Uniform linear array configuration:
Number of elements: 16
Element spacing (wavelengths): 0.25
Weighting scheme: hann
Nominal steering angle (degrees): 0
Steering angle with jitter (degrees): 1.914
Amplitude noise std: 0.05
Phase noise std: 0.05

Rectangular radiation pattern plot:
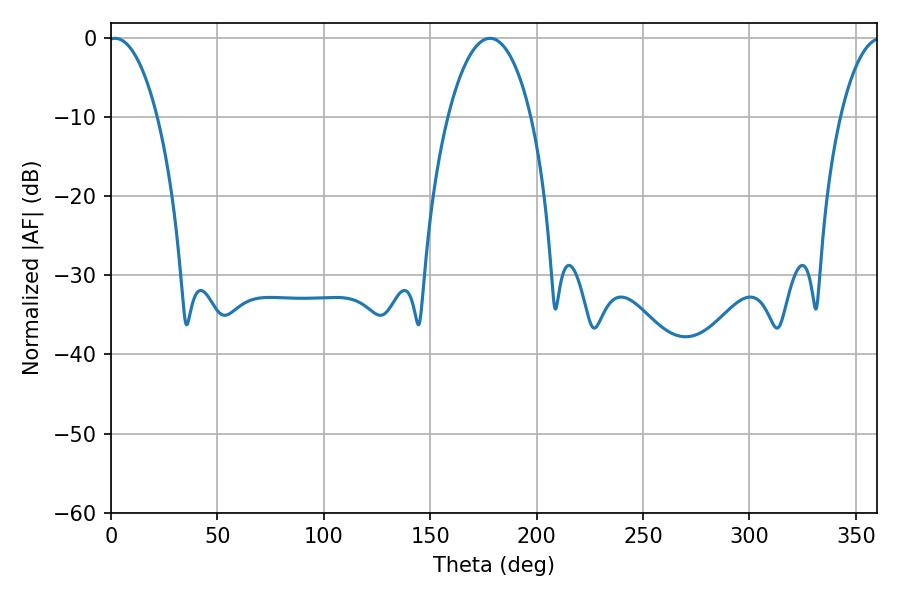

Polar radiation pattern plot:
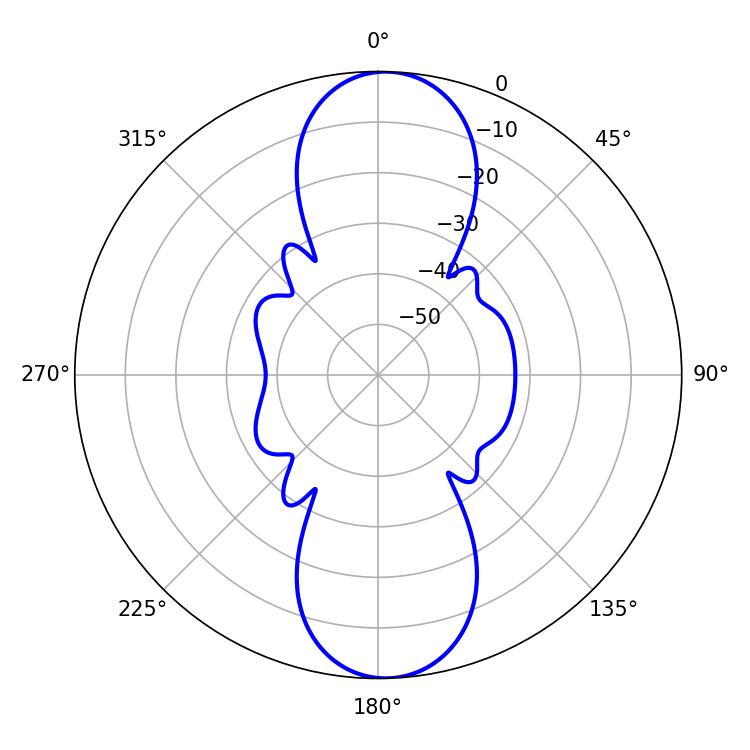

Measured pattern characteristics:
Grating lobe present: FALSE
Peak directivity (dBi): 18.3
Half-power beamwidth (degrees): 12.96
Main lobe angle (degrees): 1.98